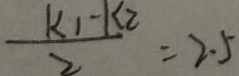
\frac { k _ { 1 } - k _ { 2 } } { 2 } = 2 . 5